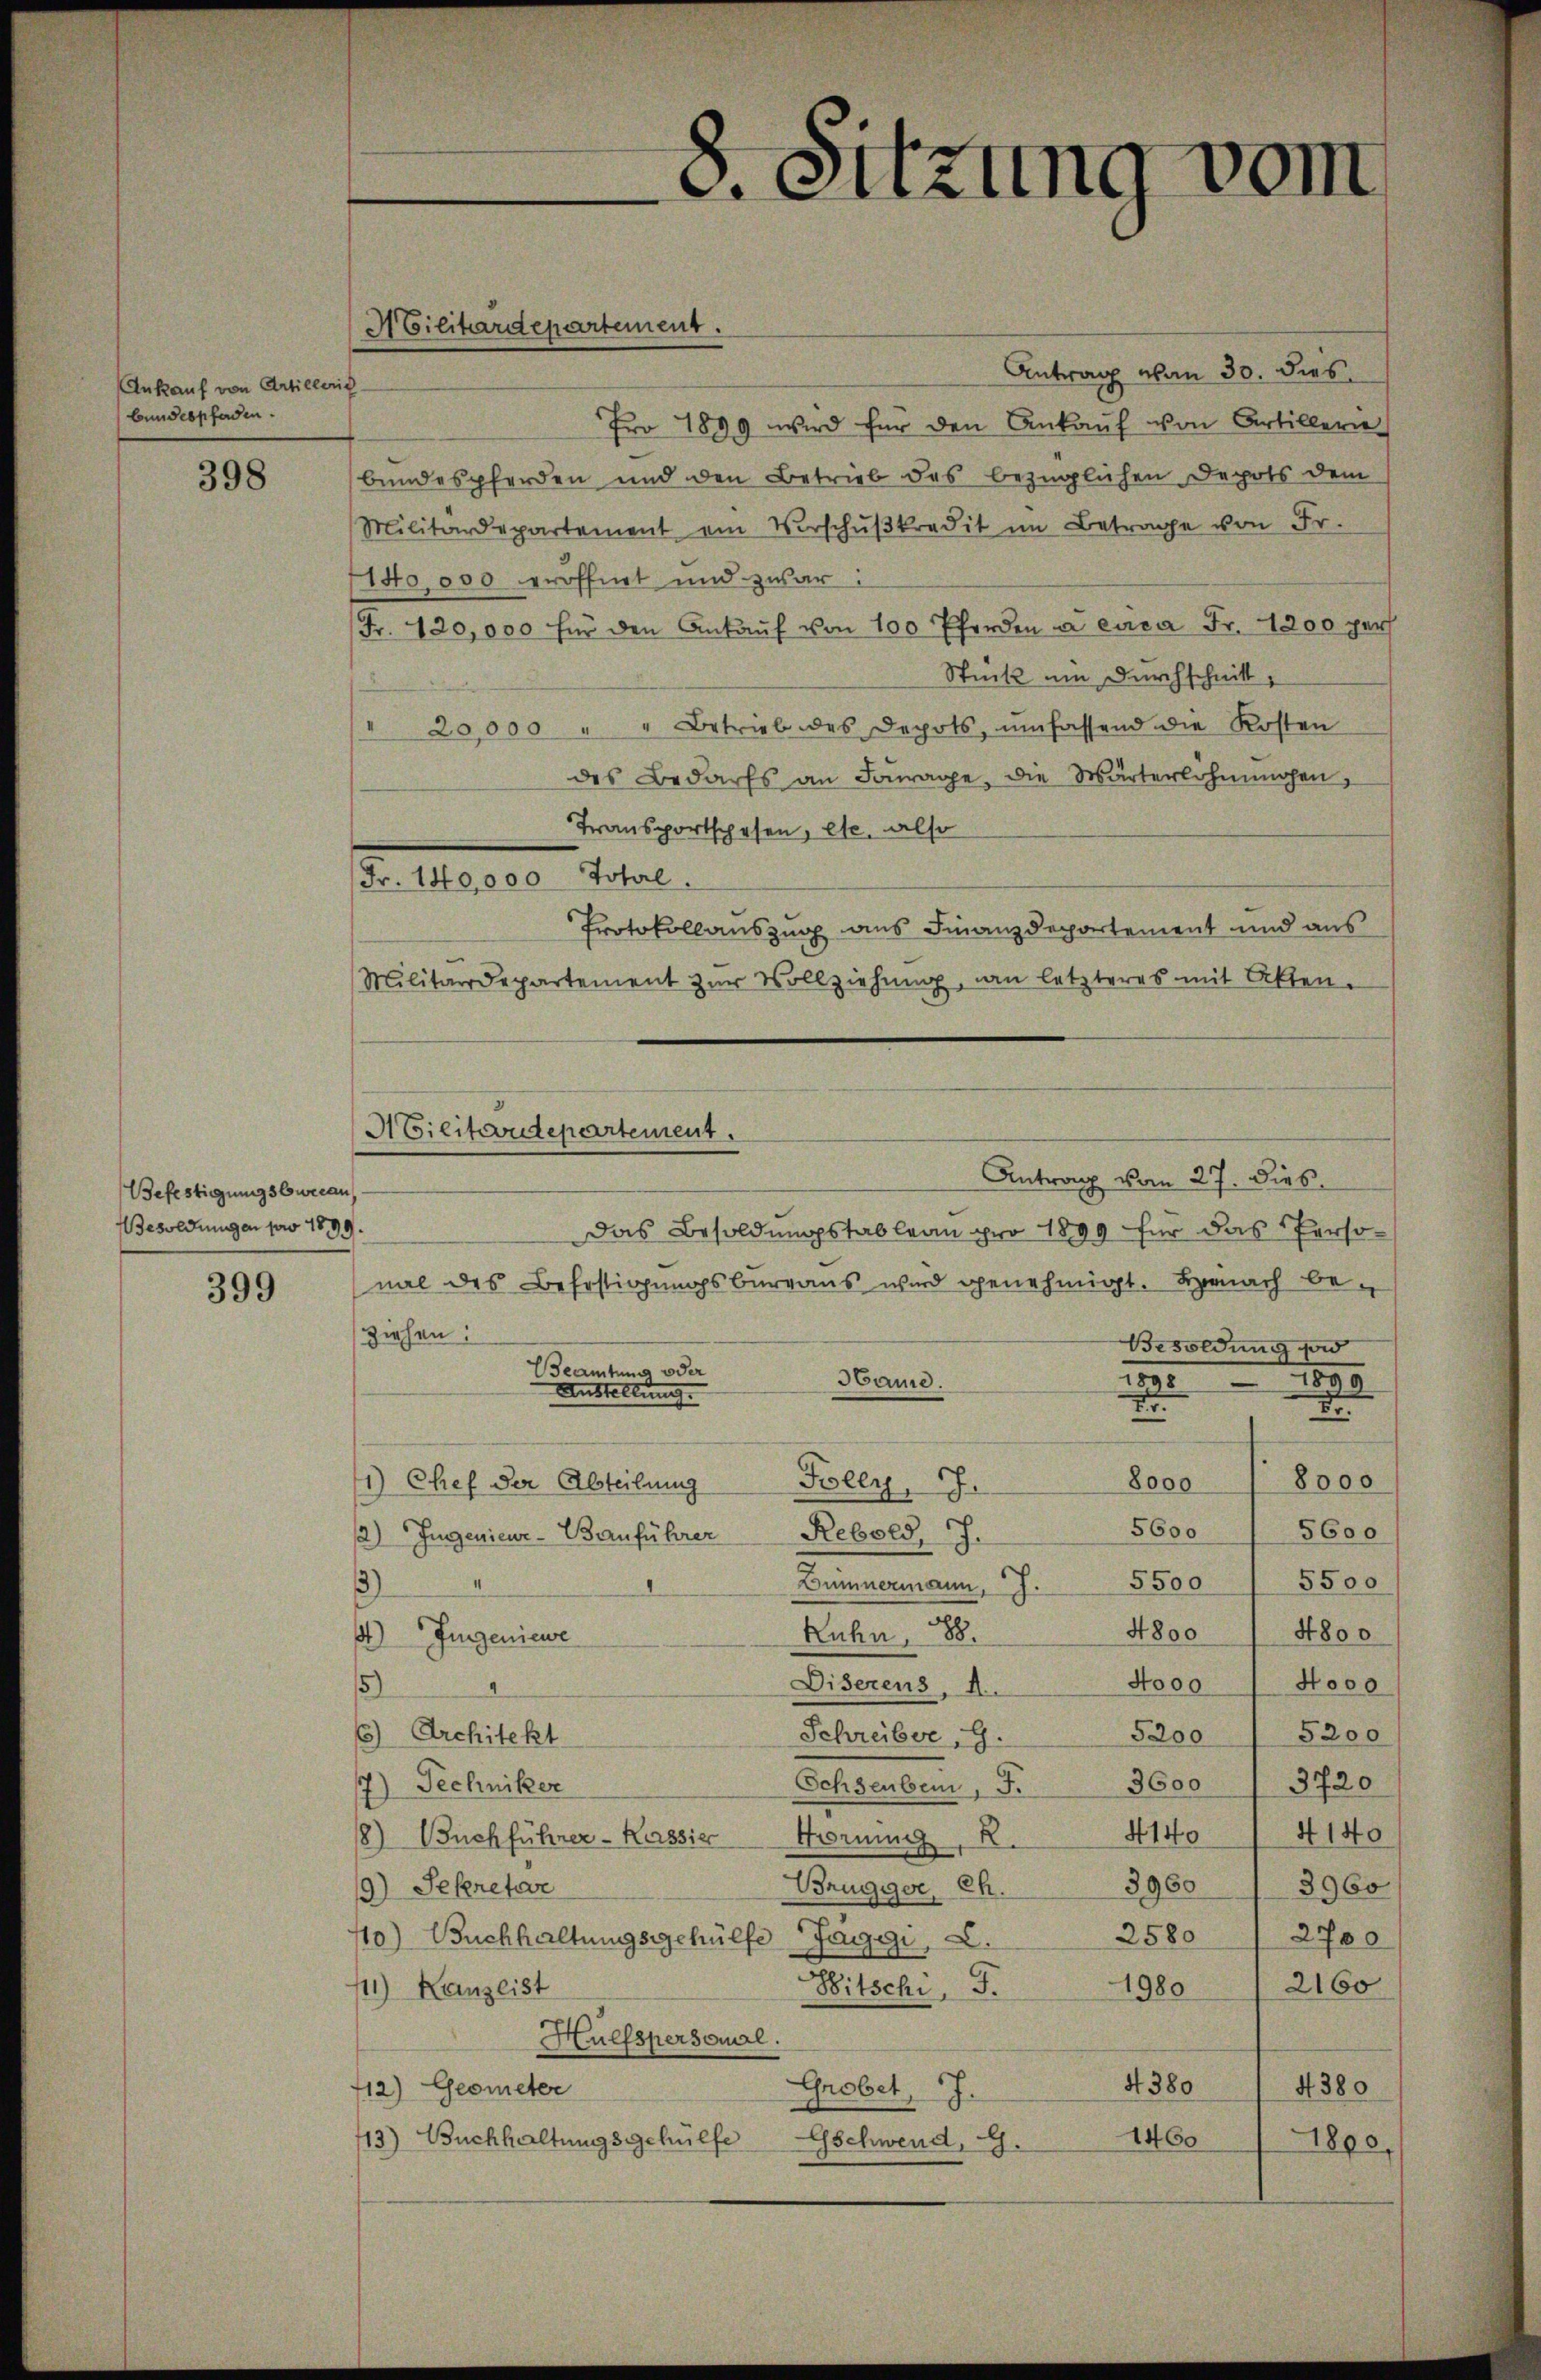
Ankauf von Articleris
bundespfaden.

398

Befestigungsbureau
esoldungen pro 1899.

399

Antrag von 30. dies
Fro 1899 wird für den Ankaŭf von Artillern
bundespferden und den Betrieb des bezüglichen Depots dem
Militärdepartement ein Verschŭβkredit im Betrage von Fr.
1140,000 eröffnet und zwar:
Fr. 420,000 für den Ankaŭf von 100 Pferden a euca Fr. 1200 per
Stück um Durchschnitt,
" 20,000 " " Betrieb des Depots, umfassend die Kosten
des Bedarfs an Jourage, die Wärterlohnmosen,
Transportschehen, etc. also
Fr. 140,000 Total.
Protokollauszug aus Finanzdepartement und aus
Militärdepartement zŭr Vollziehŭng, an letzteres mit Akten.
nal des Befestigungsbureaus wird genehmigt. Hienach beziehen:
Besoldung sond
Beamtuno o da
Hame.
1899
Anstellung.
2
.
8000
8000
1) Chef der Abteilung
Folly.  .
5600
5600
2) Ingenieur-Bauführer Rebold, J.
Dümnermann, J. 5500 / 5500
3)
4800
Ruhn, 88.
4800
) Fuggeniewe
Nooo / Nooo
Diserens, A.
5)
6) Architekt
5200 / 5200
Schreiber,G.
Schsenber, F. 3600/ 3720
7) Techniker
4140/4140
8) Buchführer-Kassier Torning,
39803960
Brugger, Ch.
9) Sekretar
2580
2700
110) Buchhaltungsgehülfe Jaggi, C.
Bitschi, F.
1980 / 2160
111) Kanzlist
Hülfspersonal.
4380
4380
712) Geometer
Grobet, J.
1460
13) Buchhaltungsgehülfe
Gschwend, G.
1800.

Militärdepartement.

8. Sitzung vom

Militärdepartement.
Antrag vom 27. dies
Das Besoldungstableau pro 1899 für das Perso¬